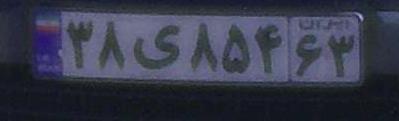
۳۸ی۸۵۴۶۳